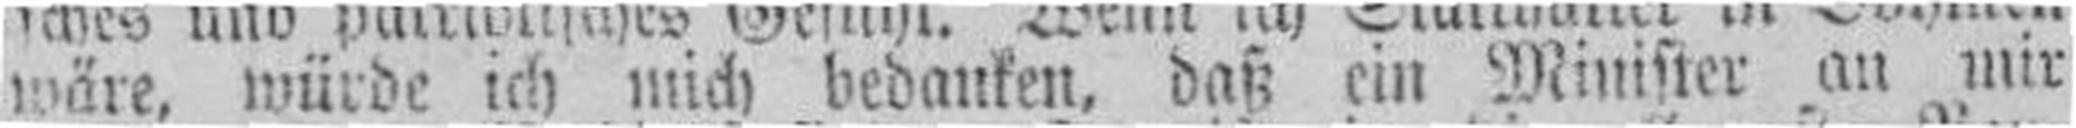
wäre, würde ich mich bedanken, daß ein Minister an mir